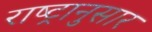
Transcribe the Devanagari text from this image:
राष्ट्रानुसार